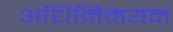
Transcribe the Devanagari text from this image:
अधिनिमयन